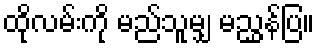
ထိုလမ်းကို မည်သူမျှ မညွှန်ပြ။